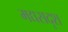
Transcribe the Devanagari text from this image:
मद्यसदृश